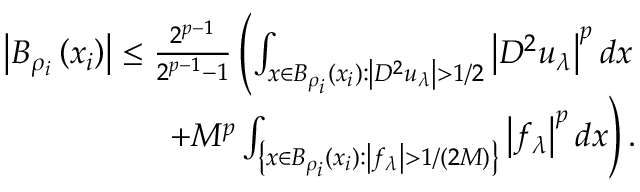
\begin{array} { r } { \left| B _ { \rho _ { i } } \left( x _ { i } \right) \right| \leq \frac { 2 ^ { p - 1 } } { 2 ^ { p - 1 } - 1 } \left( \int _ { { x \in B _ { \rho _ { i } } ( x _ { i } ) : \left| D ^ { 2 } u _ { \lambda } \right| > 1 / 2 } } \left| D ^ { 2 } u _ { \lambda } \right| ^ { p } d x \right. } \\ { \left. + M ^ { p } \int _ { \left\{ x \in B _ { \rho _ { i } } ( x _ { i } ) : \left| f _ { \lambda } \right| > 1 / ( 2 M ) \right\} } \left| f _ { \lambda } \right| ^ { p } d x \right) . } \end{array}